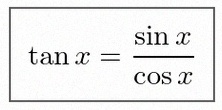
\tan x=\frac{\sin x}{\cos x}